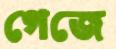
গেজে